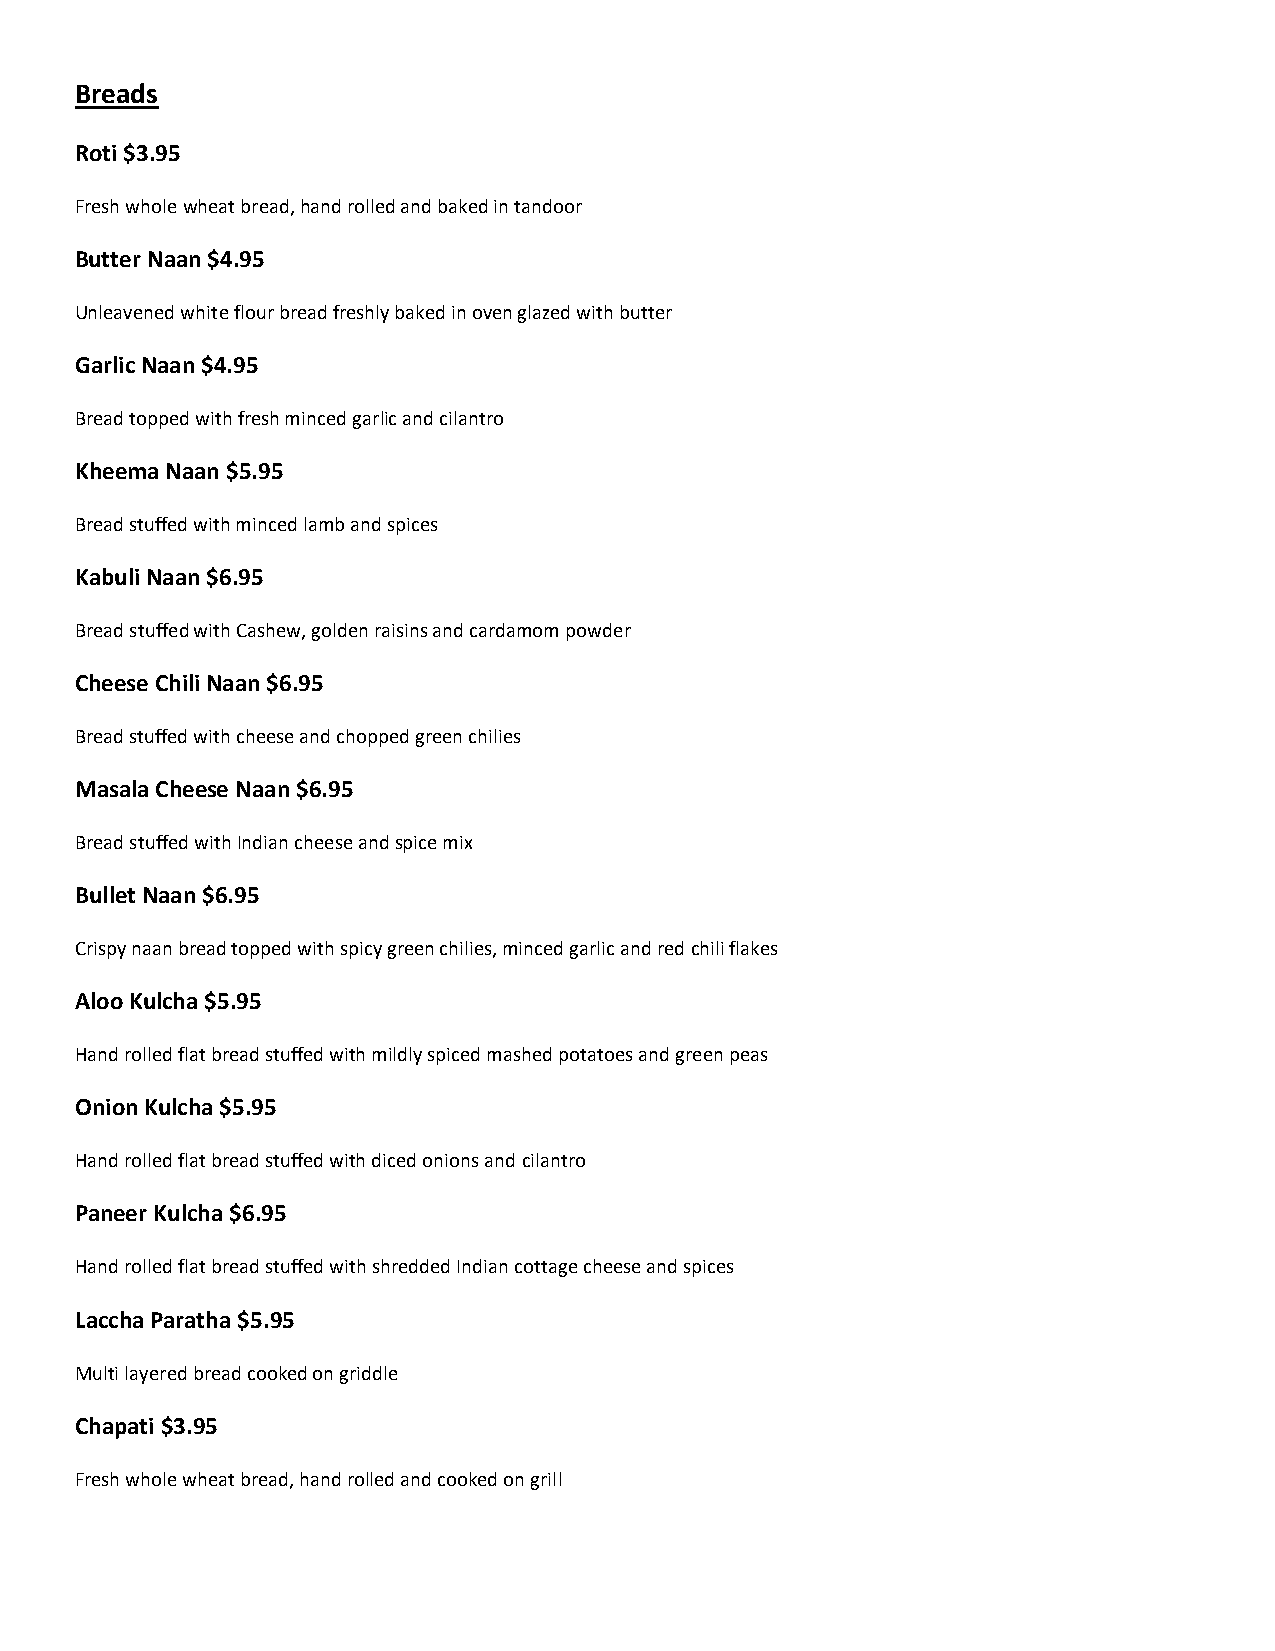
Breads
 Roti $3.95
 Fresh whole wheat bread, hand rolled and baked in tandoor
 Butter Naan $4.95
 Unleavened white flour bread freshly baked in oven glazed with butter
 Garlic Naan $4.95
 Bread topped with fresh minced garlic and cilantro
 Kheema Naan $5.95
 Bread stuffed with minced lamb and spices
 Kabuli Naan $6.95
 Bread stuffed with Cashew, golden raisins and cardamom powder
 Cheese Chili Naan $6.95
 Bread stuffed with cheese and chopped green chilies
 Masala Cheese Naan $6.95
 Bread stuffed with Indian cheese and spice mix
 Bullet Naan $6.95
 Crispy naan bread topped with spicy green chilies, minced garlic and red chili flakes
 Aloo Kulcha $5.95
 Hand rolled flat bread stuffed with mildly spiced mashed potatoes and green peas
 Onion Kulcha $5.95
 Hand rolled flat bread stuffed with diced onions and cilantro
 Paneer Kulcha $6.95
 Hand rolled flat bread stuffed with shredded Indian cottage cheese and spices
 Laccha Paratha $5.95
 Multi layered bread cooked on griddle
 Chapati $3.95
 Fresh whole wheat bread, hand rolled and cooked on grill